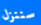
سننزل